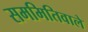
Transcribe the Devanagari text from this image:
सममितिवाले